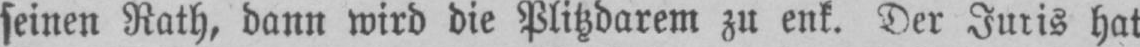
seinen Rath, dann wird die Plitzdarem zu enk. Der Juris hat